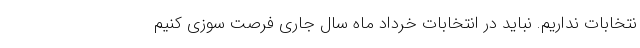
نتخابات نداریم. نباید در انتخابات خرداد ماه سال جاری فرصت سوزی کنیم